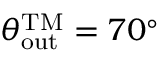
\theta _ { \mathrm { o u t } } ^ { \mathrm { T M } } = 7 0 ^ { \circ }